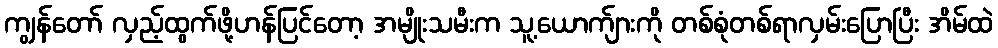
ကျွန်တော် လှည့်ထွက်ဖို့ဟန်ပြင်တော့ အမျိုးသမီးက သူ့ယောက်ျားကို တစ်စုံတစ်ရာလှမ်းပြောပြီး အိမ်ထဲ